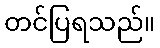
တင်ပြရသည်။